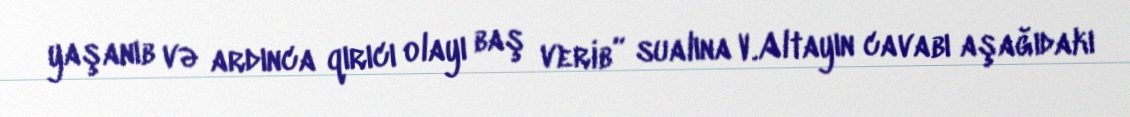
yaşanıb və ardınca qırıcı olayı baş verib” sualına V.Altayın cavabı aşağıdakı